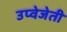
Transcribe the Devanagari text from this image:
उप्वेजेती